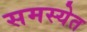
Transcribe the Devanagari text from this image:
समस्येत